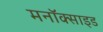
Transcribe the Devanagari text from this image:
मनॉक्साइड